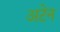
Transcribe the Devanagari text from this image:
अटेन